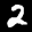
Label: 2